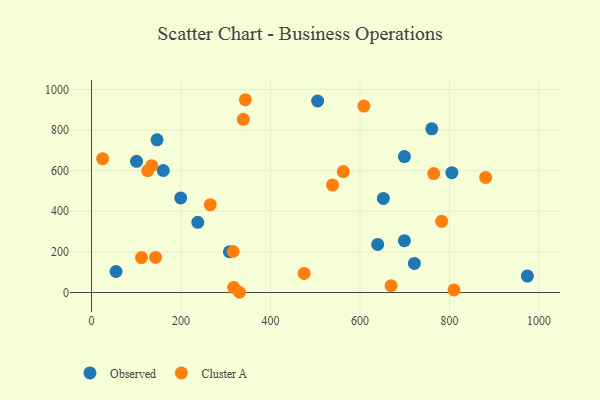
{"axis": {"x": "Ad Spend", "y": "Profit"}, "legend": ["Cluster A", "Observed"], "data": [{"x": "237.6", "y": 345.8, "type": "Observed"}, {"x": "805.2", "y": 589.9, "type": "Observed"}, {"x": "699.2", "y": 255.3, "type": "Observed"}, {"x": "146.5", "y": 752.0, "type": "Observed"}, {"x": "652.2", "y": 463.3, "type": "Observed"}, {"x": "199.4", "y": 465.9, "type": "Observed"}, {"x": "308.2", "y": 200.7, "type": "Observed"}, {"x": "639.5", "y": 236.9, "type": "Observed"}, {"x": "505.3", "y": 943.0, "type": "Observed"}, {"x": "974.0", "y": 81.1, "type": "Observed"}, {"x": "760.4", "y": 805.9, "type": "Observed"}, {"x": "160.4", "y": 600.8, "type": "Observed"}, {"x": "54.9", "y": 103.5, "type": "Observed"}, {"x": "100.7", "y": 645.8, "type": "Observed"}, {"x": "699.2", "y": 669.5, "type": "Observed"}, {"x": "721.5", "y": 143.4, "type": "Observed"}, {"x": "475.2", "y": 94.0, "type": "Cluster A"}, {"x": "343.9", "y": 949.2, "type": "Cluster A"}, {"x": "330.8", "y": 1.2, "type": "Cluster A"}, {"x": "562.6", "y": 595.5, "type": "Cluster A"}, {"x": "111.8", "y": 172.2, "type": "Cluster A"}, {"x": "782.5", "y": 350.5, "type": "Cluster A"}, {"x": "810.0", "y": 12.9, "type": "Cluster A"}, {"x": "880.8", "y": 566.6, "type": "Cluster A"}, {"x": "134.6", "y": 624.3, "type": "Cluster A"}, {"x": "669.5", "y": 33.8, "type": "Cluster A"}, {"x": "316.4", "y": 202.0, "type": "Cluster A"}, {"x": "608.6", "y": 917.7, "type": "Cluster A"}, {"x": "125.6", "y": 600.4, "type": "Cluster A"}, {"x": "339.2", "y": 852.7, "type": "Cluster A"}, {"x": "538.6", "y": 528.9, "type": "Cluster A"}, {"x": "24.9", "y": 659.0, "type": "Cluster A"}, {"x": "265.4", "y": 432.3, "type": "Cluster A"}, {"x": "143.3", "y": 172.9, "type": "Cluster A"}, {"x": "764.8", "y": 585.6, "type": "Cluster A"}, {"x": "317.8", "y": 25.3, "type": "Cluster A"}]}